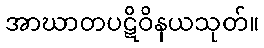
အာဃာတပဋိဝိနယသုတ်။